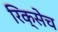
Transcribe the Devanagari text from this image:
रिक्सेच